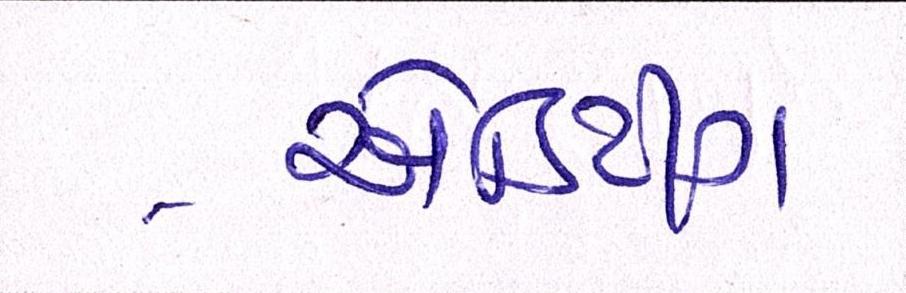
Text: એડિટીંગ